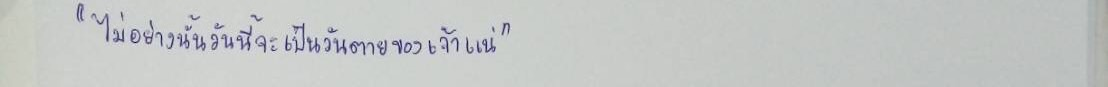
"ไม่อย่างนั้นวันนี้จะเป็นวันตายของเจ้าแน่"